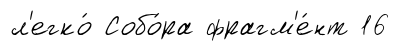
л'егко́ Собо́ра фрагм'е́нт 16